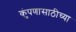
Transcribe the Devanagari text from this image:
कुंपणासाठीच्या